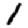
Digit: 1